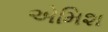
એમિશ